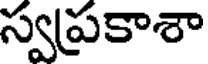
స్వప్రకాశా